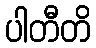
ပါတီတိ